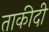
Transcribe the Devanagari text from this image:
ताकीदी